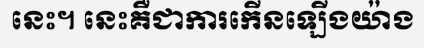
នេះ។ នេះគឺជាការកើនឡើងយ៉ាង